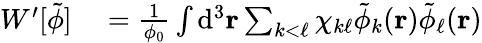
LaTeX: \begin{array}{rl}{W^{\prime}[\tilde{\phi}]}&{{}=\frac{1}{\phi_{0}}\int\mathrm{d}^{3}\mathbf{r}\sum_{k<\ell}\chi_{k\ell}\tilde{\phi}_{k}(\mathbf{r})\tilde{\phi}_{\ell}(\mathbf{r})}\end{array}